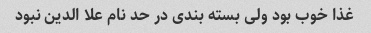
غذا خوب بود ولی بسته بندی در حد نام علا الدین نبود